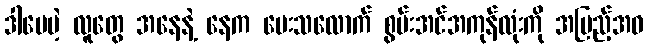
ဒါပေမဲ့ လူတွေ အနေနဲ့ နေက ပေးသလောက် စွမ်းအင်အကုန်လုံးကို အပြည့်အဝ